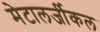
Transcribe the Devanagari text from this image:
मेटालर्जीकल